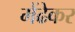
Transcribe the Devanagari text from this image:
मेंढेकर